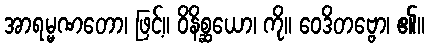
အာရမ္မဏတော၊ ဖြင့်။ ဝိနိစ္ဆယော၊ ကို။ ဝေဒိတဗ္ဗော၊ ၏။